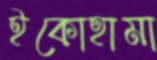
ইকোহামা